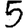
Digit: 5